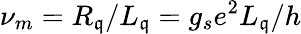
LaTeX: \nu_{m}=R_{\mathfrak{q}}/L_{\mathfrak{q}}=g_{s}e^{2}L_{\mathfrak{q}}/h